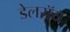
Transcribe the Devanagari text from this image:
डेलराॅय